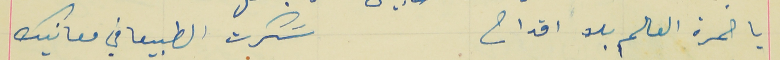
يا خمرة العالم بلا اقداح                                         سَكرت الطبيعا في معانيك